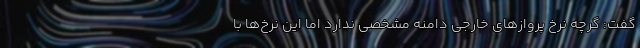
گفت: گرچه نرخ پروازهای خارجی دامنه مشخصی ندارد اما این نرخ‌ها با